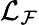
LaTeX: \mathcal L_{\mathcal F}